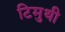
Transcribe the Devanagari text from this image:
टिमुथी